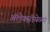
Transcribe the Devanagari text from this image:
ॲलेक्सीयेव्ना